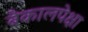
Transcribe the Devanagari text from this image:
बैकालपेक्षा